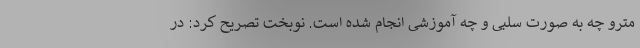
مترو چه به صورت سلبی و چه آموزشی انجام شده است. نوبخت تصریح کرد: در